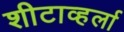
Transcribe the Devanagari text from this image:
शीटाव्हर्ला